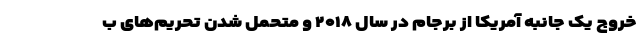
خروج یک جانبه آمریکا از برجام در سال ۲۰۱۸ و متحمل شدن تحریم‌های ب